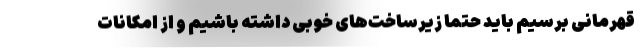
قهرمانی برسیم باید حتما زیرساخت‌های خوبی داشته باشیم و از امکانات